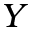
Y